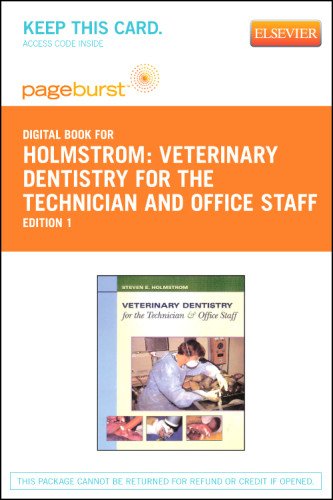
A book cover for Veterinary Dentistry for the Technician and Office Staff - Pageburst E-Book on VitalSource (Retail Access Card), 1e; Steven E. Holmstrom DVM; Medical Books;